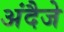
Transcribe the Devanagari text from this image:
अंदैजे